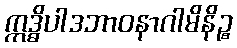
ဣဒ္ဓိပါဒဘာဝနာဂါမိနိဉ္စ